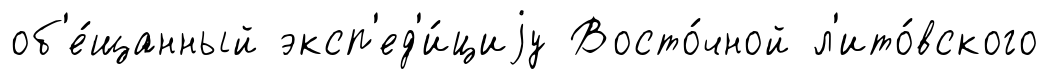
об'е́щанный эксп'ед'и́циjу Восто́чной л'ито́вского